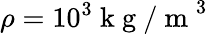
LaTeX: \rho=10^{3}\mathrm{~k~g~/~m~}^{3}